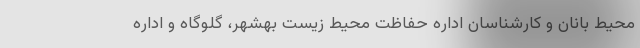
محیط بانان و کارشناسان اداره حفاظت محیط زیست بهشهر، گلوگاه و اداره